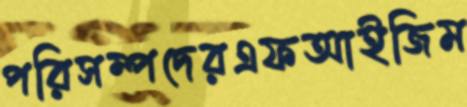
পরিসম্পদেরএফআইজিম